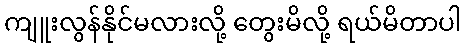
ကျူးလွန်နိုင်မလားလို့ တွေးမိလို့ ရယ်မိတာပါ